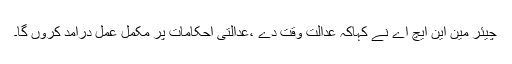
چیئر مین این ایچ اے نے کہاکہ عدالت وقت دے ،عدالتی احکامات پر مکمل عمل درآمد کروں گا۔